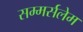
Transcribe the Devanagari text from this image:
सम्मर्सलेम